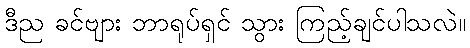
ဒီည ခင်ဗျား ဘာရုပ်ရှင် သွား ကြည့်ချင်ပါသလဲ။